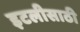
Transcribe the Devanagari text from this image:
इटलीसाठी